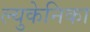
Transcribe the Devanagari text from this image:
ल्युकेनिका